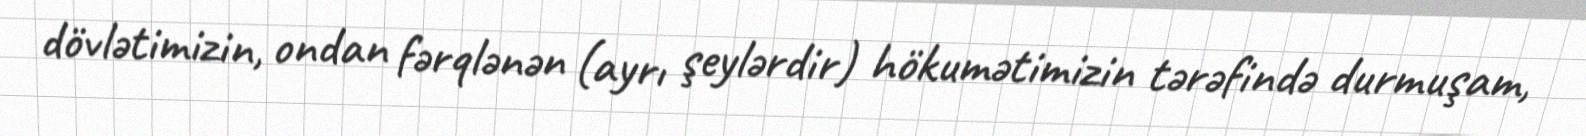
dövlətimizin, ondan fərqlənən (ayrı şeylərdir) hökumətimizin tərəfində durmuşam,